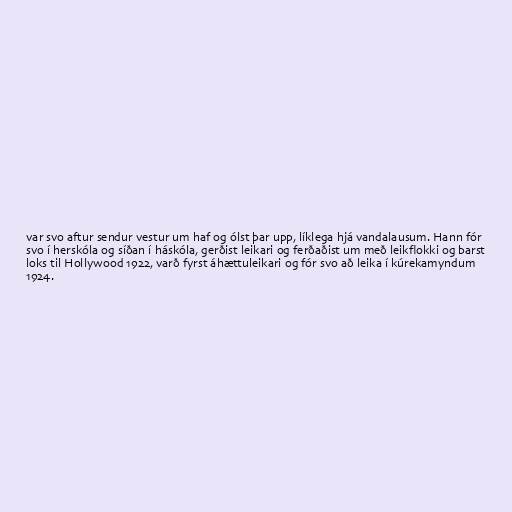
var svo aftur sendur vestur um haf og ólst þar upp, líklega hjá vandalausum. Hann fór
svo í herskóla og síðan í háskóla, gerðist leikari og ferðaðist um með leikflokki og barst
loks til Hollywood 1922, varð fyrst áhættuleikari og fór svo að leika í kúrekamyndum
1924.